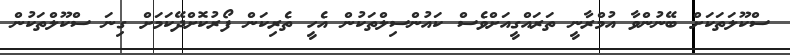
ސްކޫލަތަކަށް ބޭނުންވާ އުމްރާނީ ތަރައްގީއަށްވެސް ކައުންސިލްތަކުން އެހީ ތެރިކަން ފޯރުކޮށްދޭކަމަށް ގިނަ ސްކޫލްތަކުން